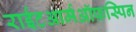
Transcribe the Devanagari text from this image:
राईटआर्मऑफ़स्पिन